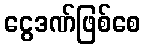
ငွေဒဏ်ဖြစ်စေ